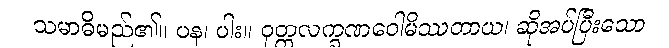
သမာဓိမည်၏။ ပန၊ ပါး။ ဝုတ္တလက္ခဏဝေါမိဿတာယ၊ ဆိုအပ်ပြီးသော